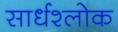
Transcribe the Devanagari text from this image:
सार्धश्लोक